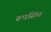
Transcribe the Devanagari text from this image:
रूपसिंघ